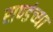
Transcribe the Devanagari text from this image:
राण्डंच्या